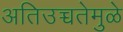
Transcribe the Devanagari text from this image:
अतिउच्चतेमुळे